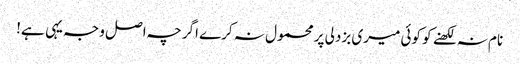
نام نہ لکھنے کو کوئی میری بزدلی پر محمول نہ کرے اگرچہ اصل وجہ یہی ہے!